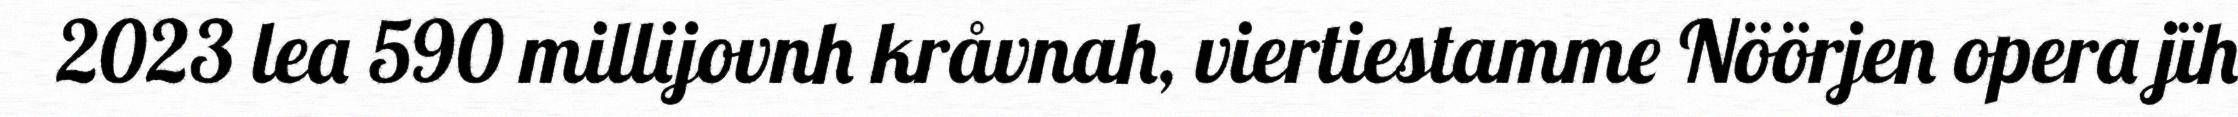
2023 lea 590 millijovnh kråvnah, viertiestamme Nöörjen opera jïh